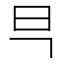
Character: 𭥋